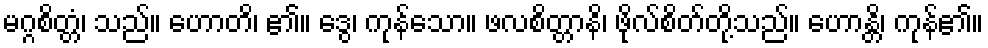
မဂ္ဂစိတ္တံ၊ သည်။ ဟောတိ၊ ၏။ ဒွေ၊ ကုန်သော။ ဖလစိတ္တာနိ၊ ဖိုလ်စိတ်တို့သည်။ ဟောန္တိ၊ ကုန်၏။